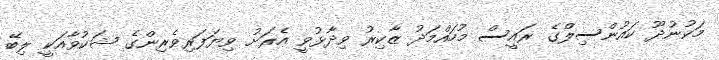
މަކުނުދޫ ކައުންސިލްގެ ރައީސް މުހައްމަދު ޒާކިރު ވިދާޅުވީ އެރަށު ވިޔަފަރިވެރިންގެ ޝަކުވާއަކީ ލިބޭ